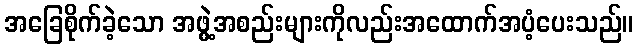
အခြေစိုက်ခဲ့သော အဖွဲ့အစည်းများကိုလည်းအထောက်အပံ့ပေးသည်။